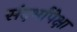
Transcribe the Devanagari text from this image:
संदर्भांपेक्षा